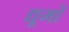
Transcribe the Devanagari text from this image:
द्यूमों